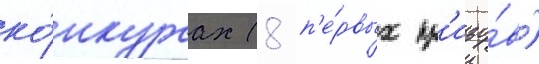
ко́нкурсах (8 п'е́рвых пр'изо́в)